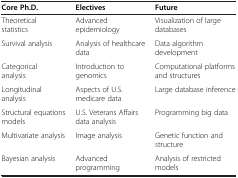
<table><thead><tr><td><b>Core Ph.D.</b></td><td><b>Electives</b></td><td><b>Future</b></td></tr></thead><tbody><tr><td>Theoretical statistics</td><td>Advanced epidemiology</td><td>Visualization of large databases</td></tr><tr><td>Survival analysis</td><td>Analysis of healthcare data</td><td>Data algorithm development</td></tr><tr><td>Categorical analysis</td><td>Introduction to genomics</td><td>Computational platforms and structures</td></tr><tr><td>Longitudinal analysis</td><td>Aspects of U.S. medicare data</td><td>Large database inference</td></tr><tr><td>Structural equations models</td><td>U.S. Veterans Affairs data analysis</td><td>Programming big data</td></tr><tr><td>Multivariate analysis</td><td>Image analysis</td><td>Genetic function and structure</td></tr><tr><td>Bayesian analysis</td><td>Advanced programming</td><td>Analysis of restricted models</td></tr></tbody></table>